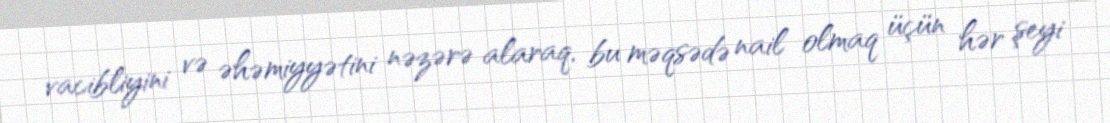
vacibliyini və əhəmiyyətini nəzərə alaraq, bu məqsədə nail olmaq üçün hər şeyi